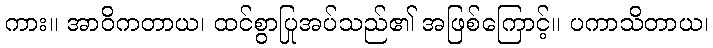
ကား။ အာဝိကတာယ၊ ထင်စွာပြုအပ်သည်၏ အဖြစ်ကြောင့်။ ပကာသိတာယ၊